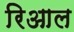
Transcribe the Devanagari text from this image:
रिआल